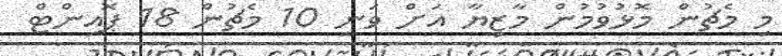
މި މެޗުން މޮޅުވުމުން މާޒިޔާ އަށް ވަނީ 10 މެޗުން 18 ޕޮއިންޓް